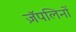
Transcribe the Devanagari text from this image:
ज़ॅपलिनों